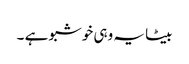
بیٹا یہ وہی خوشبو ہے ۔